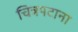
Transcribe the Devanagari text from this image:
चित्रपटाना